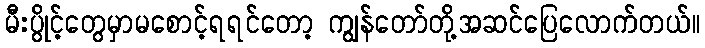
မီးပွိုင့်တွေမှာမစောင့်ရရင်တော့ ကျွန်တော်တို့အဆင်ပြေလောက်တယ်။